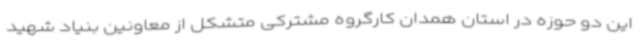
این دو حوزه در استان همدان کارگروه مشترکی متشکل از معاونین بنیاد شهید